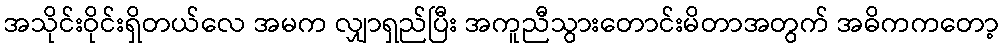
အသိုင်းဝိုင်းရှိတယ်လေ အမက လျှာရှည်ပြီး အကူညီသွားတောင်းမိတာအတွက် အဓိကကတော့